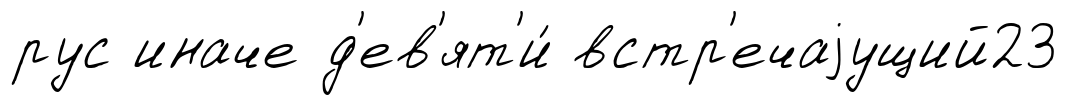
рус иначе д'ев'ят'и́ встр'ечаjущий23